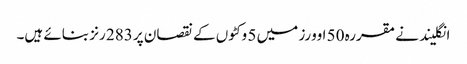
انگلیند نے مقررہ 50 اوورز میں 5 وکٹوں کے نقصان پر 283 رنز بنائے ہیں۔